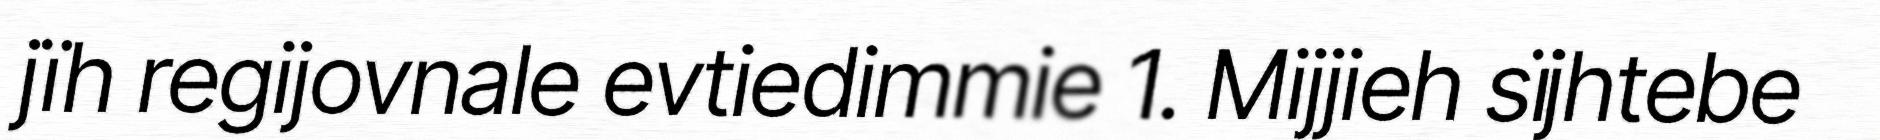
jïh regijovnale evtiedimmie 1. Mijjieh sïjhtebe